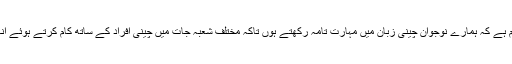
جب ہمارا نوجوان طبقہ چینی افراد کے ساتھ مل کر کام کرے گا اور اس کے لیئے لازم ہے کہ ہمارے نوجوان چینی زبان میں مہارتِ تامہ رکھتے ہوں تاکہ مختلف شعبہ جات میں چینی افراد کے ساتھ کام کرتے ہوئے انہیں اپنا مافی الضمیر بیان کرنے میں کسی بھی قسم کی مشکلات کا سامنا نہ کرنا پڑے۔